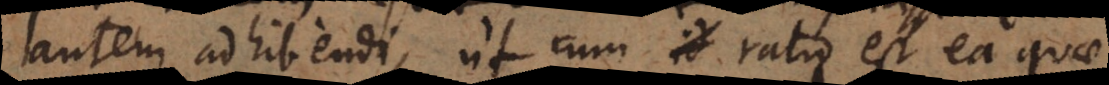
autem adhibendi, ut cum ratio est ea quae